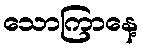
သောကြာနေ့